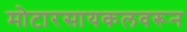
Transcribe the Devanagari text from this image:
मोटारसायकलवरून